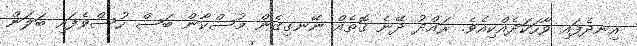
އިނދެފައި ވާހަކަދެއްކިއެވެ. ރައްދު ދޭނެ ގޮތެއް ނޭނގިގެން މުސްކާން ބަސް ހުސްވެފައި ބަލަން